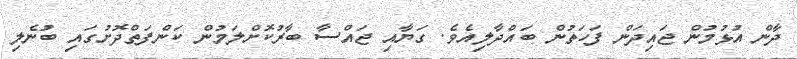
ދާން އުޅުމުން ޖައިދަން ފަހަތުން ބައްދާލިއެވެ. ގަޔާއި ޖައްސާ ބާރުކޮށްލަމުން ކަންފަތްދޮށުގައި ބުނެލި